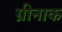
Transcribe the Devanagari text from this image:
ग्रीनाक